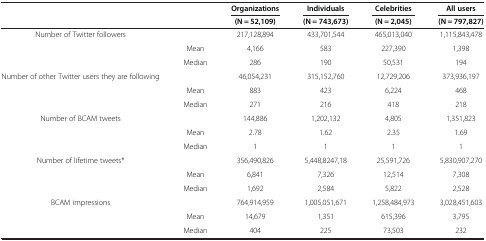
| <ROWSPAN=2>  | <ROWSPAN=2>  | Organizations | Individuals | Celebrities | All users |
 | (N = 52,109) | (N = 743,673) | (N = 2,045) | (N = 797,827) |
 | --- | --- | --- | --- | --- | --- |
 | Number of Twitter followers |  | 217,128,894 | 433,701,544 | 465,013,040 | 1,115,843,478 |
 |  | Mean | 4,166 | 583 | 227,390 | 1,398 |
 |  | Median | 286 | 190 | 50,531 | 194 |
 | Number of other Twitter users they are following |  | 46,054,231 | 315,152,760 | 12,729,206 | 373,936,197 |
 |  | Mean | 883 | 423 | 6,224 | 468 |
 |  | Median | 271 | 216 | 418 | 218 |
 | Number of BCAM tweets |  | 144,886 | 1,202,132 | 4,805 | 1,351,823 |
 |  | Mean | 2.78 | 1.62 | 2.35 | 1.69 |
 |  | Median | 1 | 1 | 1 | 1 |
 | Number of lifetime tweets* |  | 356,490,826 | 5,448,8247,18 | 25,591,726 | 5,830,907,270 |
 |  | Mean | 6,841 | 7,326 | 12,514 | 7,308 |
 |  | Median | 1,692 | 2,584 | 5,822 | 2,528 |
 | BCAM impressions |  | 764,914,959 | 1,005,051,671 | 1,258,484,973 | 3,028,451,603 |
 |  | Mean | 14,679 | 1,351 | 615,396 | 3,795 |
 |  | Median | 404 | 225 | 73,503 | 232 |